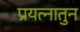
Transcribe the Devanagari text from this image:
प्रयत्नातुन